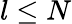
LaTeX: l\leq N